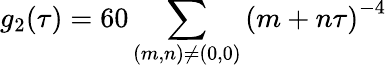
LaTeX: g_{2}(\tau)=60\sum_{(m,n)\neq(0,0)}\left(m+n\tau\right)^{-4}